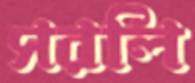
সরলি